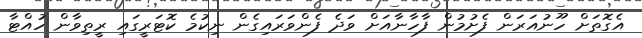
އެގޮތަށް ހޫނުއަރަން ފެށުމުން ފާހާނާއަށް ވަދެ ފެންވަރައިގެން ނިކުމެ ކޮޓަރީގައި ރީތިވާން ހުއްޓާ